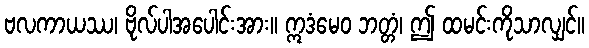
ဗလကာယဿ၊ ဗိုလ်ပါအပေါင်းအား။ ဣဒံမေဝ ဘတ္တံ၊ ဤ ထမင်းကိုသာလျှင်။